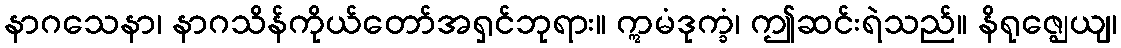
နာဂသေနာ၊ နာဂသိန်ကိုယ်တော်အရှင်ဘုရား။ ဣမံဒုက္ခံ၊ ဤဆင်းရဲသည်။ နိရုဇ္ဈေယျ၊